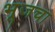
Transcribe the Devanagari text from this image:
भूजचा